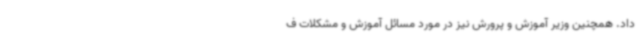
داد. همچنین وزیر آموزش و پرورش نیز در مورد مسائل آموزش و مشکلات ف